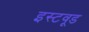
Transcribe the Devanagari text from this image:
इस्टवूड